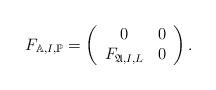
LaTeX: \begin{align*} F_{\mathbb{A},I,\mathbb{P}}=\left( \begin{array}{cc} 0 & 0 \\ F_{\mathfrak{A},I,L} & 0 \\ \end{array} \right).\end{align*}